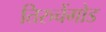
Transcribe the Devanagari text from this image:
तिरुचेंगोड